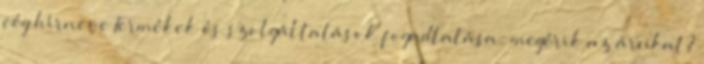
cég hírneve Termékek és szolgáltatások fogadtatása: megérik az árukat?